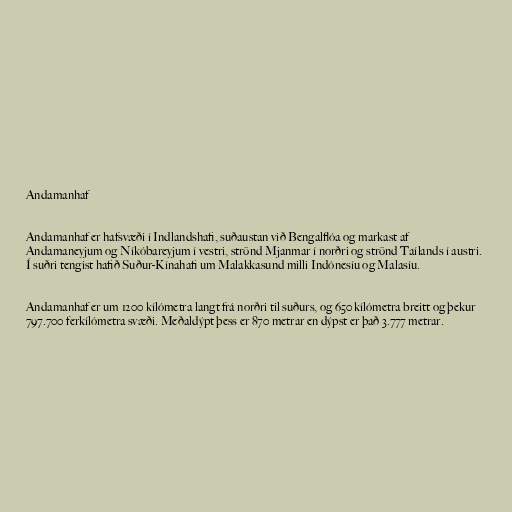
Andamanhaf

Andamanhaf er hafsvæði í Indlandshafi, suðaustan við Bengalflóa og markast af
Andamaneyjum og Níkóbareyjum í vestri, strönd Mjanmar í norðri og strönd Taílands í austri.
Í suðri tengist hafið Suður-Kínahafi um Malakkasund milli Indónesíu og Malasíu.

Andamanhaf er um 1200 kílómetra langt frá norðri til suðurs, og 650 kílómetra breitt og þekur
797.700 ferkílómetra svæði. Meðaldýpt þess er 870 metrar en dýpst er það 3.777 metrar.